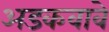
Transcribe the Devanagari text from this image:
अडकवावे